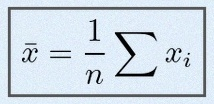
\bar{x}=\frac1n\sum x_i